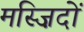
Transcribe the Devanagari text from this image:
मस्ज़िदों